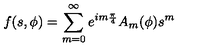
f ( s , \phi ) = \sum _ { m = 0 } ^ { \infty } e ^ { i m { \frac { \pi } { 4 } } } A _ { m } ( \phi ) s ^ { m }